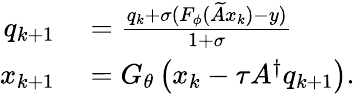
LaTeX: \begin{array}{rl}{q_{k+1}}&{{}=\frac{q_{k}+\sigma(F_{\phi}(\widetilde{A}x_{k})-y)}{1+\sigma}}\\ {x_{k+1}}&{{}=G_{\theta}\left(x_{k}-\tau A^{\dagger}q_{k+1}\right).}\end{array}